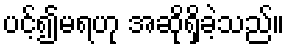
ပင့်၍မရဟု အဆိုရှိခဲ့သည်။